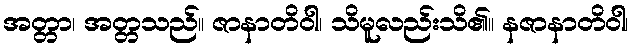
အတ္တာ၊ အတ္တသည်။ ဇာနာတိဝါ၊ သိမူလည်းသိ၏။ နဇာနာတိဝါ၊